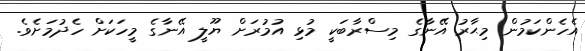
އެހެންކަމުން މިޙާރު އޭނާގެ މިސްރާބަކީ މުޅި އުމުރަށް ޔޫލީ އޭނާގެ މީހަކަށް ހެދުމަށެވެ.